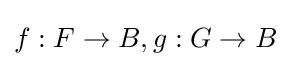
f:F\to B,g:G\to B